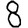
Digit: 8